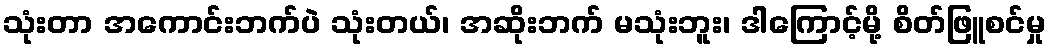
သုံးတာ အကောင်းဘက်ပဲ သုံးတယ်၊ အဆိုးဘက် မသုံးဘူး၊ ဒါကြောင့်မို့ စိတ်ဖြူစင်မှု